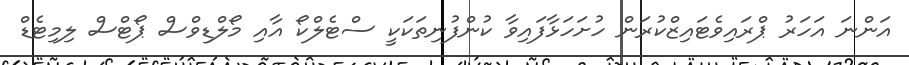
އަންނަ އަހަރު ޕްރައިވެޓައިޒްކުރަން ހުށަހަޅާފައިވާ ކުންފުނިތަކަކީ ސްޓެލްކޯ އާއި މޯލްޑިވްސް ޕޯޓްސް ލިމިޓެޑް